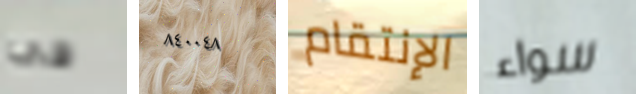
فى ٨٤٠٠٤٨ الإنتقام سواء